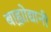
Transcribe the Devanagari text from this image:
बाह्य़ोद्यानी